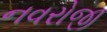
નવરોજી